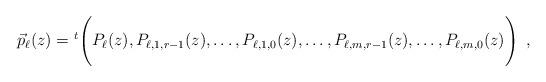
LaTeX: \begin{align*}&\vec{p}_{\ell}(z)={}^t\Biggl(P_{\ell}(z),{P_{\ell,1,r-1}(z),\ldots, P_{\ell,1,0}(z)}, \ldots, {P_{\ell,m,r-1}(z),\ldots, P_{\ell,m,0}(z)}\Biggr)\enspace,\end{align*}